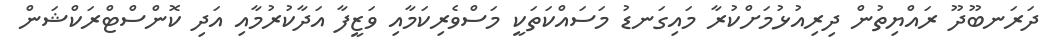
ދަރަނބޫދޫ ރައްޔިތުން ދިރިއުޅުމަށްކުރާ މައިގަނޑު މަސައްކަތަކީ މަސްވެރިކަމާއި ވަޒީފާ އަދާކުރުމާއި އަދި ކޮންސްޓްރަކްޝަން